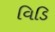
વિડિ